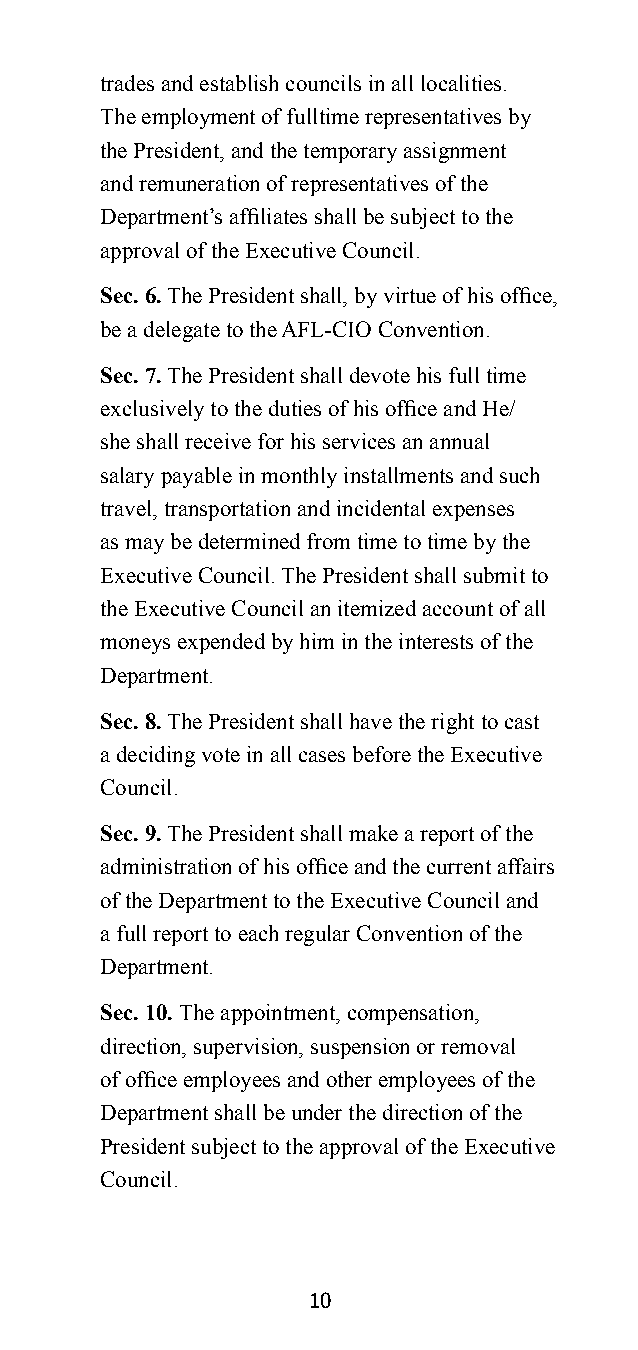
trades and establish councils in all localities.
 The employment of fulltime representatives by
 the President, and the temporary assignment
 and remuneration of representatives of the
 Department’s affiliates shall be subject to the
 approval of the Executive Council.
 Sec. 6. The President shall, by virtue of his office,
 be a delegate to the AFL-CIO Convention.
 Sec. 7. The President shall devote his full time
 exclusively to the duties of his office and He/
 she shall receive for his services an annual
 salary payable in monthly installments and such
 travel, transportation and incidental expenses
 as may be determined from time to time by the
 Executive Council. The President shall submit to
 the Executive Council an itemized account of all
 moneys expended by him in the interests of the
 Department.
 Sec. 8. The President shall have the right to cast
 a deciding vote in all cases before the Executive
 Council.
 Sec. 9. The President shall make a report of the
 administration of his office and the current affairs
 of the Department to the Executive Council and
 a full report to each regular Convention of the
 Department.
 Sec. 10. The appointment, compensation,
 direction, supervision, suspension or removal
 of office employees and other employees of the
 Department shall be under the direction of the
 President subject to the approval of the Executive
 Council.
 10